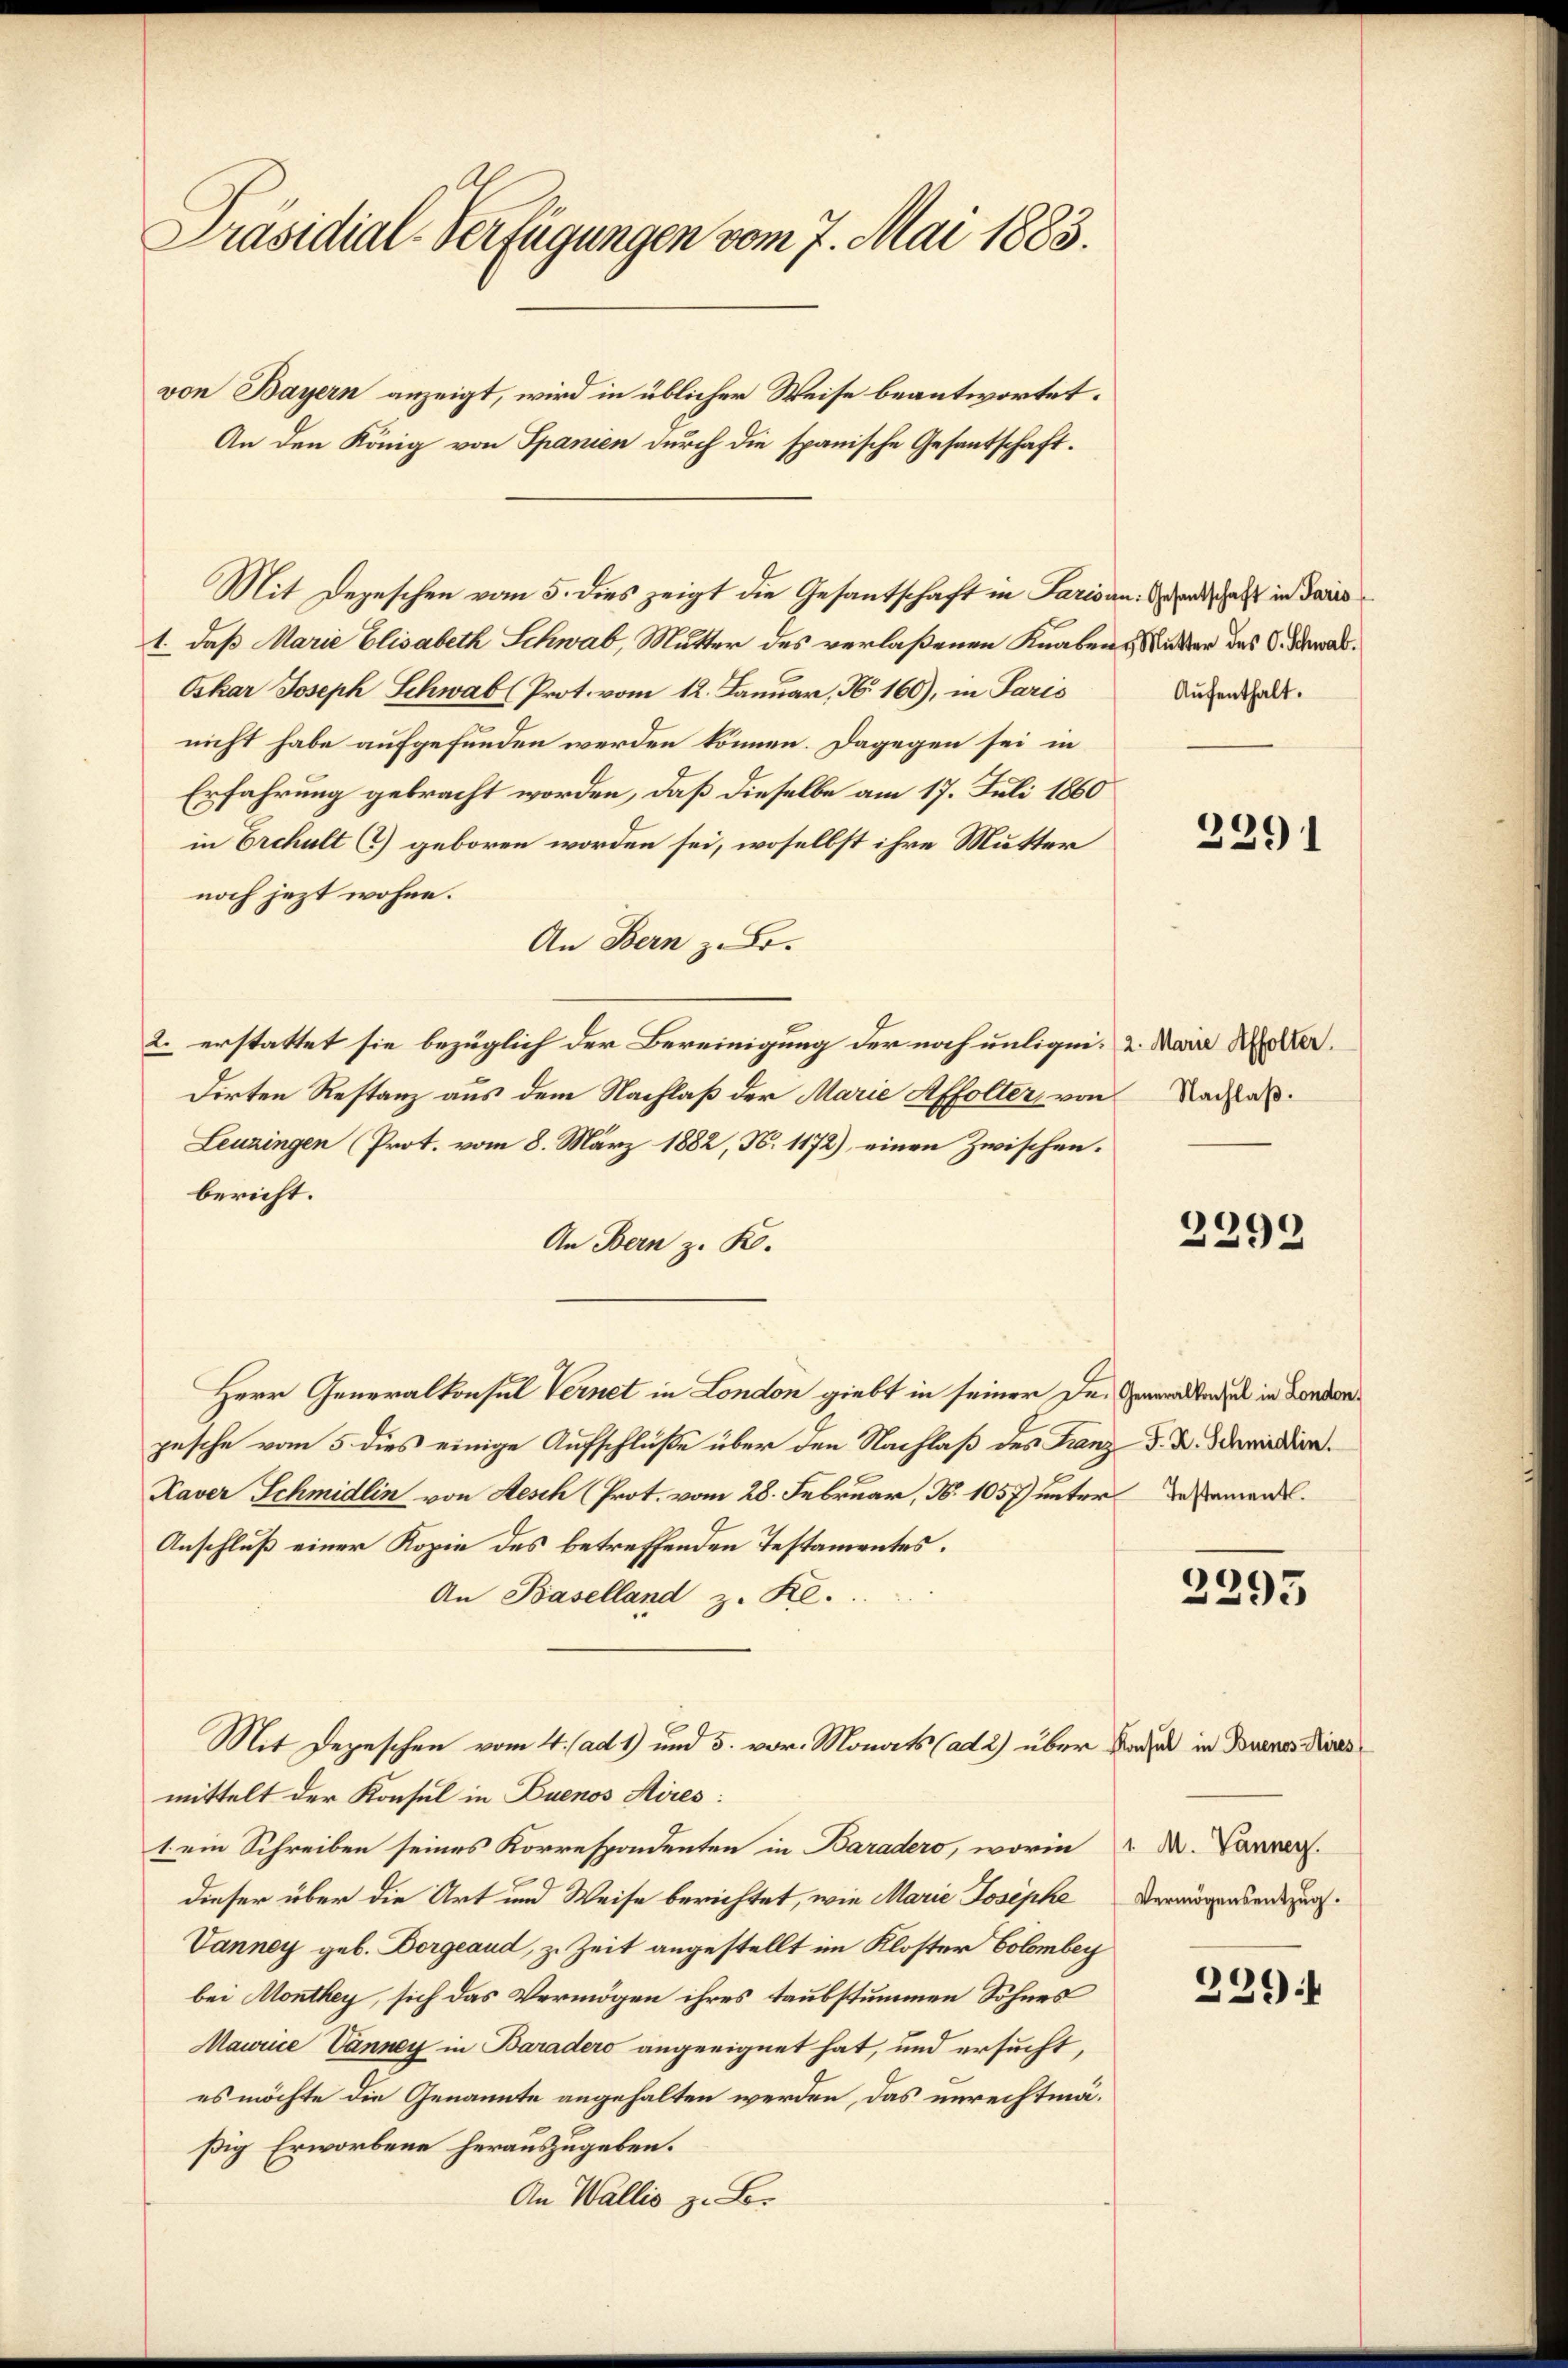
Präsidial-Verfügungen vom 7. Mai 1883.
von Bayern anzeigt, wird in üblicher Weise beantwortet.
An den König von Spanien durch die spanische Gesantschaft.

1. daß Marie Elisabeth Schwab, Mutter des verlaßenen Knabens Mutter des C. Schwad¬
Oskar Joseph Schwab (Prot. vom 12. Januar, N. 160), in Paris
nicht habe aufgefunden werden können. Dagegen sei in
Erfahrung gebracht worden, daß dieselbe am 17. Juli 1860
in Erchult (c) geboren worden sei, woselbst ihre Mutter
noch jezt wohne.
An Bern z. B.
2. erstattet sie bezüglich der Bereinigung der noch unligen, u. Main Roller.
dirten Restanz aus dem Nachlaß der Marie Affolter, von
Leuzingen (Prot. vom 8. März 1882, N. 1172), einen Zwischen.
bericht.
An Bern z. K.
Herr Generalkonsul Vernet in London giebt in seiner Dr. Herren tadel in London
pesche vom 5 dies einige Aufschlüße über den Nachlaß des Franz F. B. Schwindire
Kaver Schmidlin von Aesch (Prot. vom 28. Februar, N. 1057) unter dessemen
Anschluß einer Kopie des betreffenden Testamentes.
An Baselland z. Kl.
Mit Depeschen vom 4. ad 1) und 5. vor. Monats (ad 2) über Baden in Deines dies
mittelt der Konsul in Duenos Aires:
1. ein Schreiben seines Korrespondenten in Baradero, worin
dieser über die Art und Weise berichtet, wie Marie Josephe
Vanney geb. Dorgeaud, z. Zeit angestellt im Kloster Colombey
bei Monthey, sich das Vermögen ihres taubstummen Sohnes
Maurice Canney in Baradero angeeignet hat, und ersucht,
es möchte die Genannte angehalten werden, das unrechtmäßig Erworbene herauszugeben.
An Wallis z. B.

Mit Depeschen vom 5. dies zeigt die Gesantschaft in Parisau und als in daris

Aufenthalt.

3391

Nachlaß.

2299

2295

1. M. Vanney.
Vermögensentzug.

229.